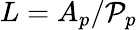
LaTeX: L=A_{p}/{\cal P}_{p}